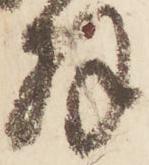
拝